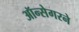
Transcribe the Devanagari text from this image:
ऑन्सेगरने